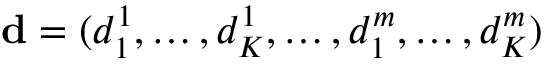
\ensuremath { \mathbf d } = ( d _ { 1 } ^ { 1 } , \ldots , d _ { K } ^ { 1 } , \ldots , d _ { 1 } ^ { m } , \ldots , d _ { K } ^ { m } )